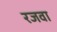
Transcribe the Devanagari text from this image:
रजवा